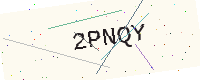
Text: 2PNQY